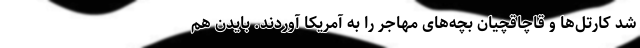
شد کارتل‌ها و قاچاقچیان بچه‌های مهاجر را به آمریکا آوردند. بایدن هم